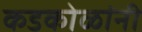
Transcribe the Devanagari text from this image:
कडकोळांनी